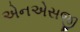
એનએસજી